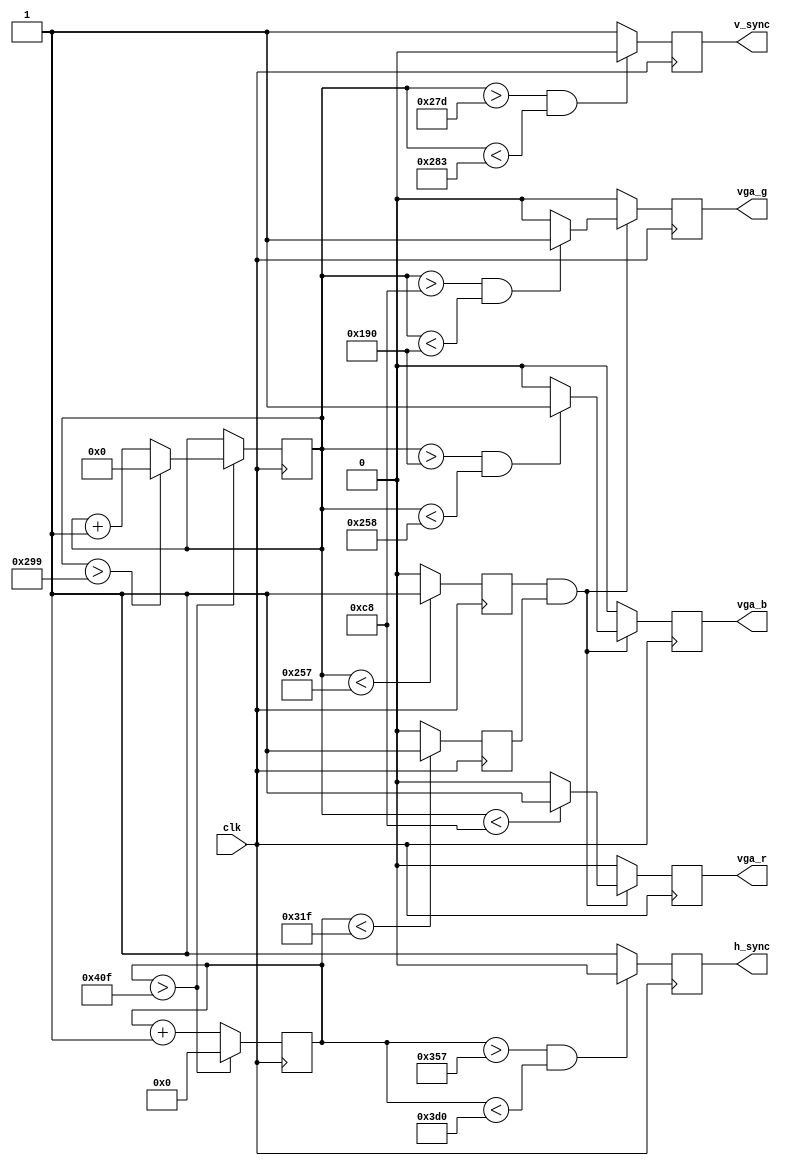
module vga_25mhz(clk, v_sync, h_sync, vga_r, vga_g, vga_b);
 
input clk;
 
reg [11:0]h_cnt;
output reg h_sync;
 
reg [10:0]v_cnt;
output reg v_sync;
 
reg h_en;
reg v_en;
 
output reg vga_r;
output reg vga_g;
output reg vga_b;
 
// 
always @ (posedge clk) begin
 
    if ((h_cnt > 855) && (h_cnt < 976))
        h_sync <= 0;
    else
        h_sync <= 1;
 
    if ((v_cnt > 637) && (v_cnt < 643))
        v_sync <= 0;
    else 
        v_sync <= 1;
 
end
 
//      
always @ (posedge clk) begin
    if(h_cnt > 1039) begin
        h_cnt <= 0;  
        if(v_cnt > 665) 
	    v_cnt <= 0;
	else
	    v_cnt <= v_cnt + 1'b1;
    end
    else
        h_cnt <= h_cnt + 1'b1;
end
 
///     
always @ (posedge clk) begin	
    if(v_cnt < 599)
        v_en <= 1'b1;
    else
        v_en <= 1'b0;
    if(h_cnt < 799)
        h_en <= 1'b1;
    else
        h_en <= 1'b0;
end
 
// 
always @ (posedge clk) begin			
    if((v_en == 1) && (h_en == 1))  
	 begin
        if(v_cnt < 200)       // 
	    vga_r <= 1;
        else
            vga_r <= 0;			  
        if(v_cnt > 200 && v_cnt < 400)
	    vga_g <= 1;        // 
        else
            vga_g <= 0;		      
        if(v_cnt > 400 && v_cnt < 600)
	    vga_b <= 1;        // 
        else
            vga_b <= 0;	
	end	
    else  
		begin
        vga_r <= 0;
			vga_g <= 0;
        vga_b <= 0;
		end

end 
 
endmodule